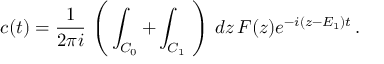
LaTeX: c ( t ) = \frac { 1 } { 2 \pi i } \, \left( \, \int _ { C _ { 0 } } + \int _ { C _ { 1 } } \, \, \right) \, d z \, F ( z ) e ^ { - i ( z - E _ { 1 } ) t } \, .